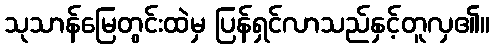
သုသာန်မြေတွင်းထဲမှ ပြန်ရှင်လာသည်နှင့်တူလှ၏။